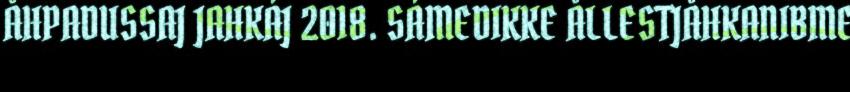
ÅHPADUSSAJ JAHKÁJ 2018. SÁMEDIKKE ÅLLESTJÅHKANIBME